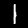
Label: 1